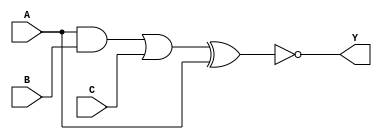
module complex_logic_gate(
    input wire A,
    input wire B,
    input wire C,
    output wire Y
);

// Combinational logic blocks
wire W1, W2, W3;

// Logic block 1: AND operation
assign W1 = A & B;

// Logic block 2: OR operation
assign W2 = W1 | C;

// Logic block 3: XOR operation
assign W3 = W2 ^ A;

// Final NOT operation
assign Y = ~W3;

endmodule